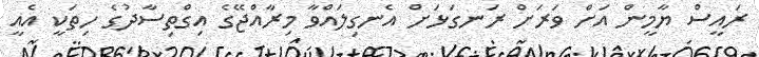
ރައީސް ޔާމީން އަށް ވަރަށް ރަނގަޅަށް އެނގިލައްވާ މިރާއްޖޭގެ އިގްތިސާދުގެ ހިތަކީ އެއީ